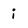
Character: i